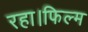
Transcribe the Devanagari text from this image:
रहा।फिल्म